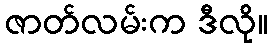
ဇာတ်လမ်းက ဒီလို။